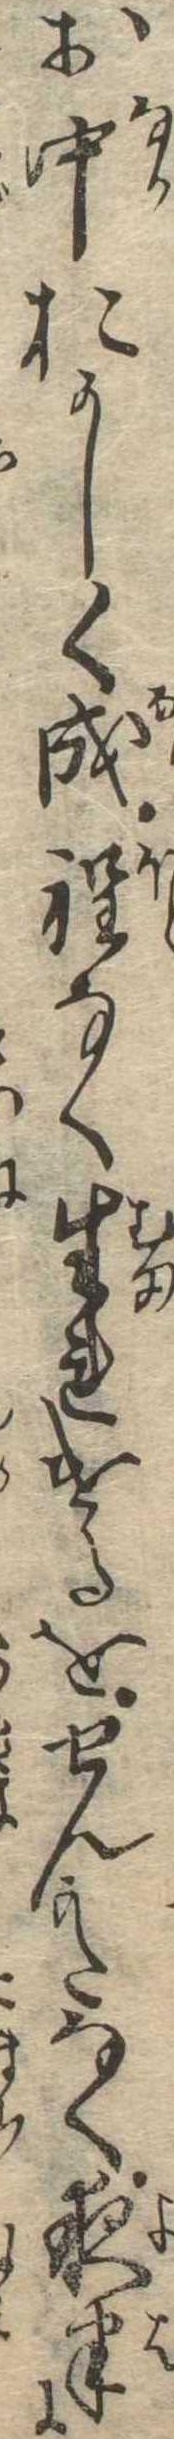
お中おかしく成程なく生れけるをせんかたなく夜半に